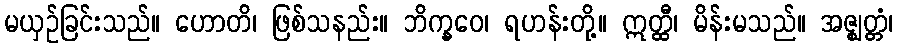
မယှဉ်ခြင်းသည်။ ဟောတိ၊ ဖြစ်သနည်း။ ဘိက္ခဝေ၊ ရဟန်းတို့။ ဣတ္ထီ၊ မိန်းမသည်။ အဇ္ဈတ္တံ၊